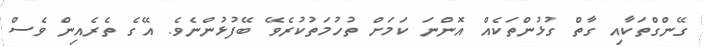
ގޭންގްތަކާއި ގާތް ގުޅުންތަކެއް އޮންނަ ކަމަށް ތުހުމަތުކުރެވޭ ބޭފުޅުންނެވެ. އޭގެ ތެރެއިން ވެސް